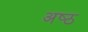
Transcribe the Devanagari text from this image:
अष्‍ठ